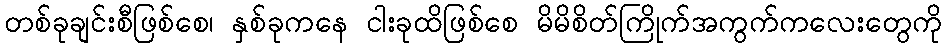
တစ်ခုချင်းစီဖြစ်စေ၊ နှစ်ခုကနေ ငါးခုထိဖြစ်စေ မိမိစိတ်ကြိုက်အကွက်ကလေးတွေကို